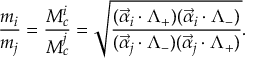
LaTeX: \frac { m _ { i } } { m _ { j } } = \frac { M _ { c } ^ { i } } { M _ { c } ^ { j } } = \sqrt { \frac { ( \vec { \alpha } _ { i } \cdot \Lambda _ { + } ) ( \vec { \alpha } _ { i } \cdot \Lambda _ { - } ) } { ( \vec { \alpha } _ { j } \cdot \Lambda _ { - } ) ( \vec { \alpha } _ { j } \cdot \Lambda _ { + } ) } } .